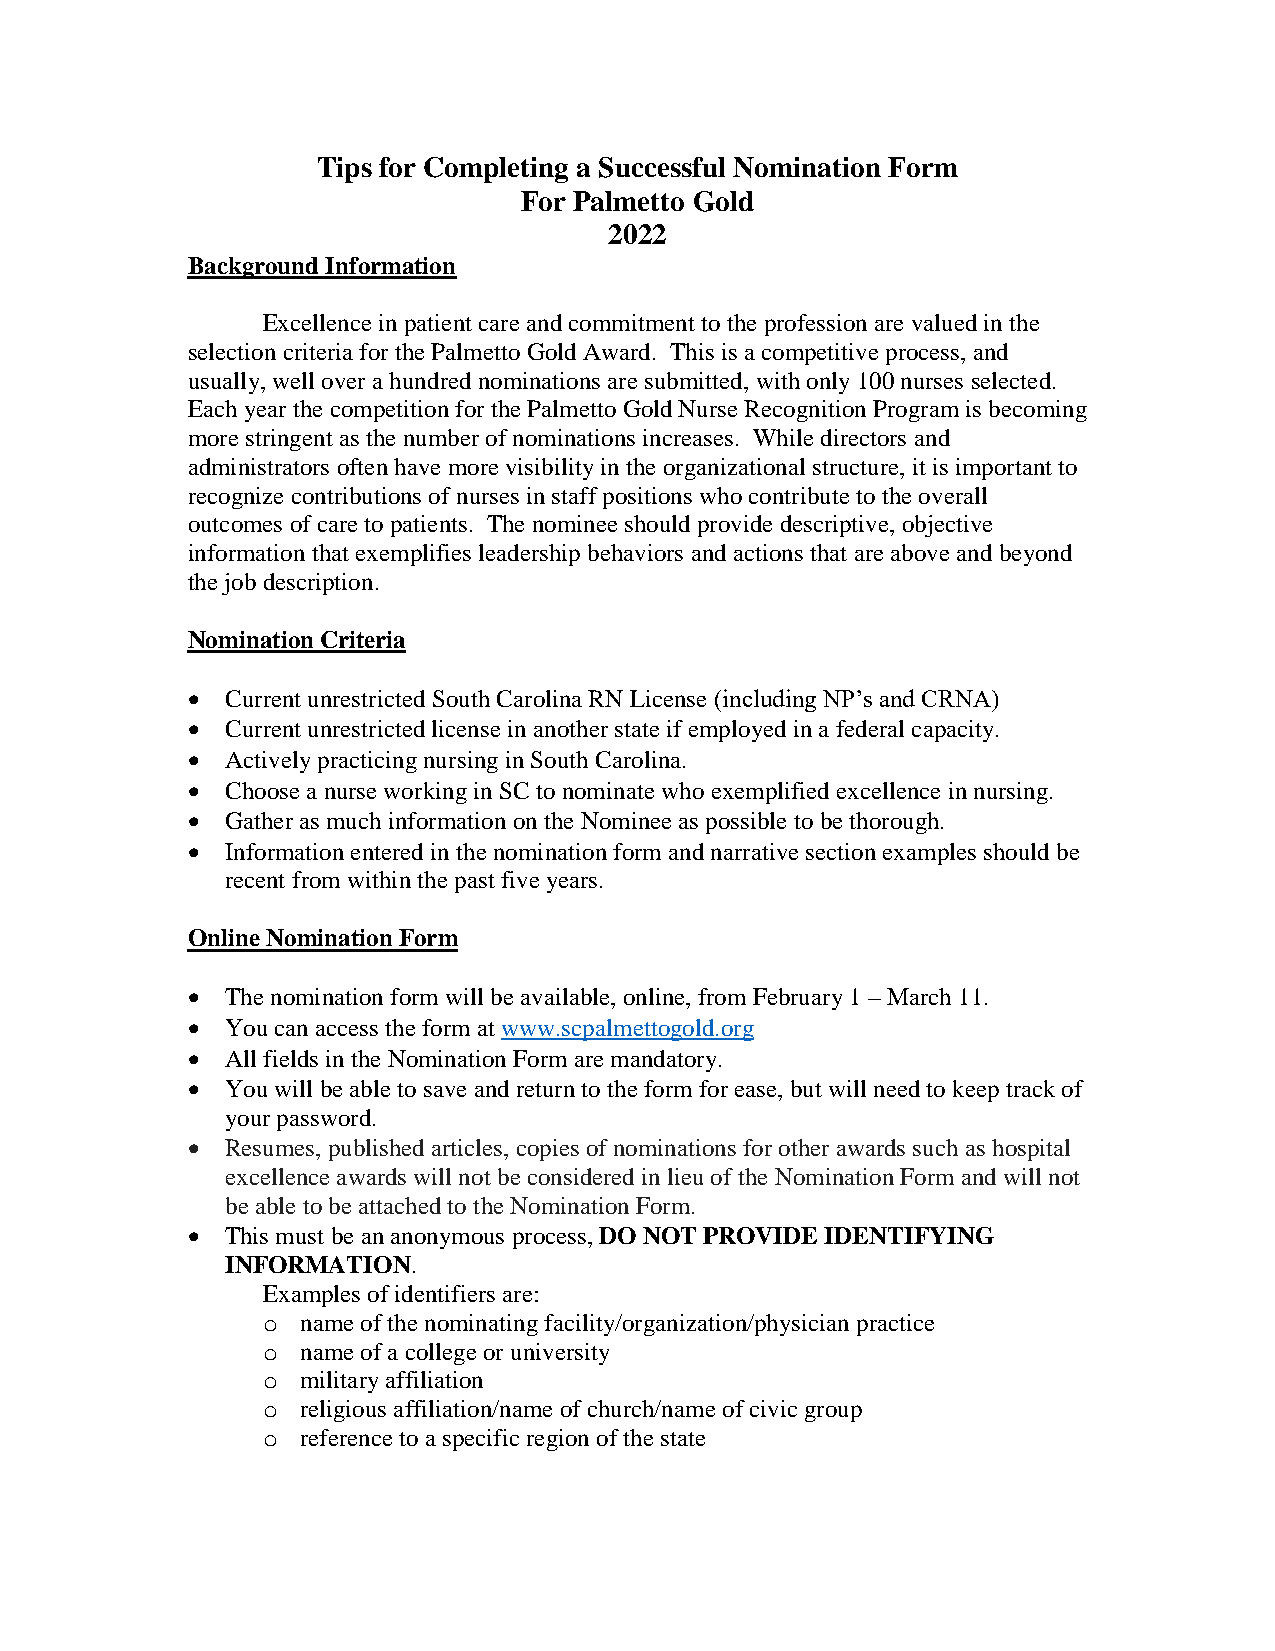
Tips for Completing a Successful Nomination Form
 For Palmetto Gold
 2022
 Background Information
 Excellence in patient care and commitment to the profession are valued in the
 selection criteria for the Palmetto Gold Award. This is a competitive process, and
 usually, well over a hundred nominations are submitted, with only 100 nurses selected.
 Each year the competition for the Palmetto Gold Nurse Recognition Program is becoming
 more stringent as the number of nominations increases. While directors and
 administrators often have more visibility in the organizational structure, it is important to
 recognize contributions of nurses in staff positions who contribute to the overall
 outcomes of care to patients. The nominee should provide descriptive, objective
 information that exemplifies leadership behaviors and actions that are above and beyond
 the job description.
 Nomination Criteria
   Current unrestricted South Carolina RN License (including NP’s and CRNA)
   Current unrestricted license in another state if employed in a federal capacity.
   Actively practicing nursing in South Carolina.
   Choose a nurse working in SC to nominate who exemplified excellence in nursing.
   Gather as much information on the Nominee as possible to be thorough.
   Information entered in the nomination form and narrative section examples should be
 recent from within the past five years.
 Online Nomination Form
   The nomination form will be available, online, from February 1 – March 11.
   You can access the form at www.scpalmettogold.org
   All fields in the Nomination Form are mandatory.
   You will be able to save and return to the form for ease, but will need to keep track of
 your password.
   Resumes, published articles, copies of nominations for other awards such as hospital
 excellence awards will not be considered in lieu of the Nomination Form and will not
 be able to be attached to the Nomination Form.
   This must be an anonymous process, DO NOT PROVIDE IDENTIFYING
 INFORMATION.
 Examples of identifiers are:
 o  name of the nominating facility/organization/physician practice
 o  name of a college or university
 o  military affiliation
 o  religious affiliation/name of church/name of civic group
 o  reference to a specific region of the state